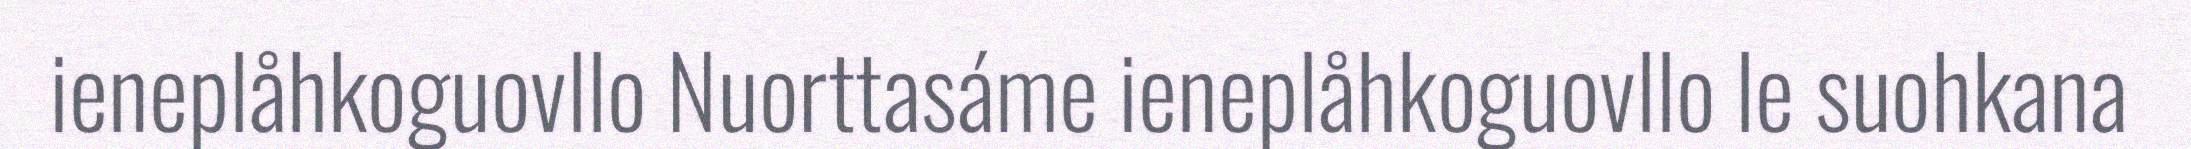
ieneplåhkoguovllo Nuorttasáme ieneplåhkoguovllo le suohkana